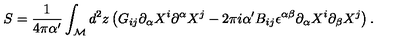
S = \frac { 1 } { 4 \pi \alpha ^ { \prime } } \int _ { \cal M } d ^ { 2 } z \left( G _ { i j } \partial _ { \alpha } X ^ { i } \partial ^ { \alpha } X ^ { j } - 2 \pi i \alpha ^ { \prime } B _ { i j } \epsilon ^ { \alpha \beta } \partial _ { \alpha } X ^ { i } \partial _ { \beta } X ^ { j } \right) .